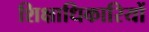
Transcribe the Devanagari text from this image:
शिक्षाधिकारियों